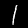
Digit: 1